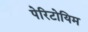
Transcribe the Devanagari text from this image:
पेरिटोयिम